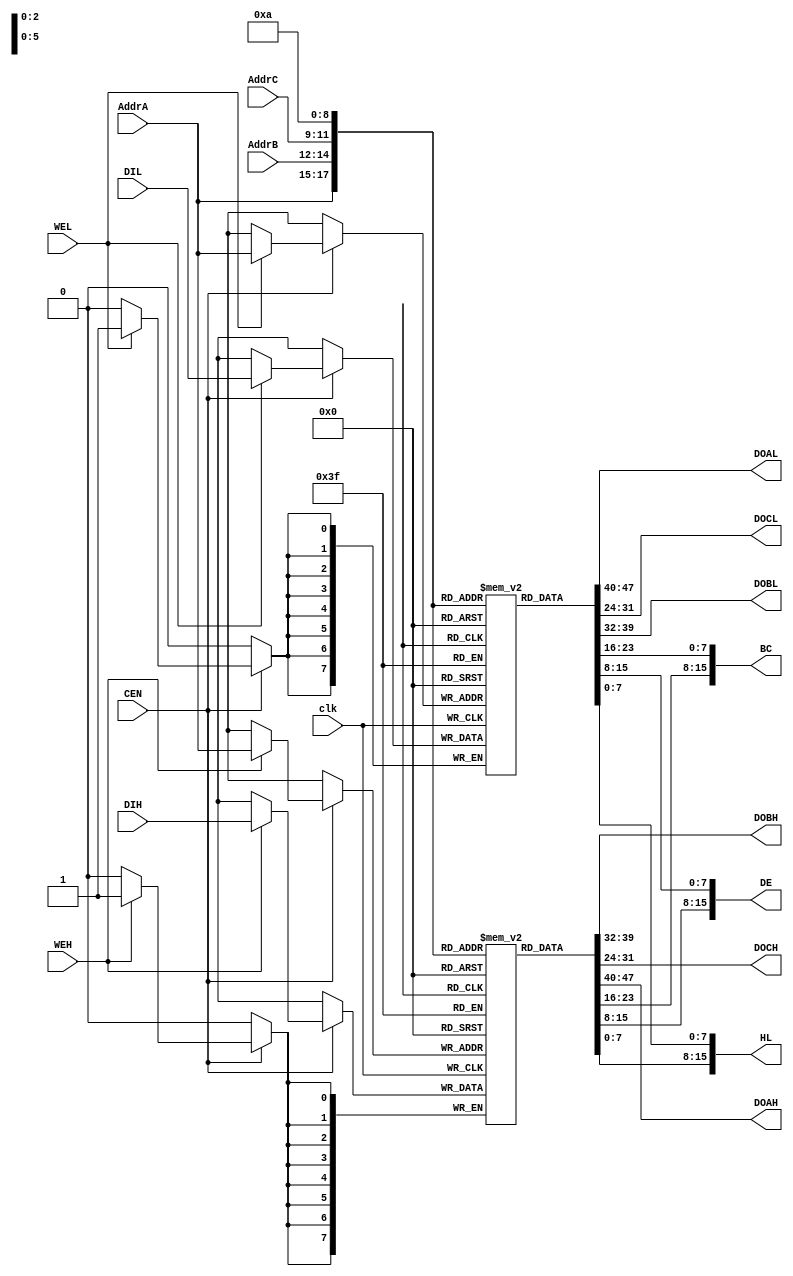
module tv80_reg_1 (
  DOBH, DOAL, DOCL, DOBL, DOCH, DOAH, BC, DE, HL,
  AddrC, AddrA, AddrB, DIH, DIL, clk, CEN, WEH, WEL
  );
    input  [2:0] AddrC;
    output [7:0] DOBH;
    input  [2:0] AddrA;
    input  [2:0] AddrB;
    input  [7:0] DIH;
    output [7:0] DOAL;
    output [7:0] DOCL;
    input  [7:0] DIL;
    output [7:0] DOBL;
    output [7:0] DOCH;
    output [7:0] DOAH;
    input  clk, CEN, WEH, WEL;
	 output [15:0] BC;
	 output [15:0] DE;
	 output [15:0] HL;
  reg [7:0] RegsH [0:7];
  reg [7:0] RegsL [0:7];
  always @(posedge clk)
    begin
      if (CEN)
        begin
          if (WEH) RegsH[AddrA] <= DIH;
          if (WEL) RegsL[AddrA] <= DIL;
        end
    end
  assign DOAH = RegsH[AddrA];
  assign DOAL = RegsL[AddrA];
  assign DOBH = RegsH[AddrB];
  assign DOBL = RegsL[AddrB];
  assign DOCH = RegsH[AddrC];
  assign DOCL = RegsL[AddrC];
  wire [7:0] H = RegsH[2];
  wire [7:0] L = RegsL[2];
  assign BC = { RegsH[0], RegsL[0] };
  assign DE = { RegsH[1], RegsL[1] };
  assign HL = { RegsH[2], RegsL[2] };
endmodule